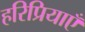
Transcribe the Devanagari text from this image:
हरिप्रियाएँ